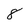
Character: 8